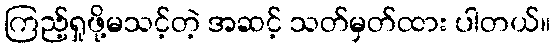
ကြည့်ရှုဖို့မသင့်တဲ့ အဆင့် သတ်မှတ်ထား ပါတယ်။